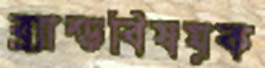
ব্র্যান্ডবিষয়ক